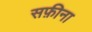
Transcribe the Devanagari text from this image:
सफ़ीना